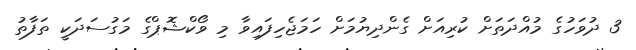
3 ދުވަހުގެ މުއްދަތަށް ކުރިއަށް ގެންދިޔުމަށް ހަމަޖެހިފައިވާ މި ވޯކްޝޮޕްގެ މަގުސަދަކީ ތަފާތު